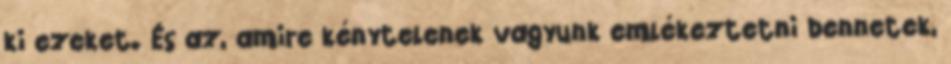
ki ezeket. És az, amire kénytelenek vagyunk emlékeztetni bennetek,